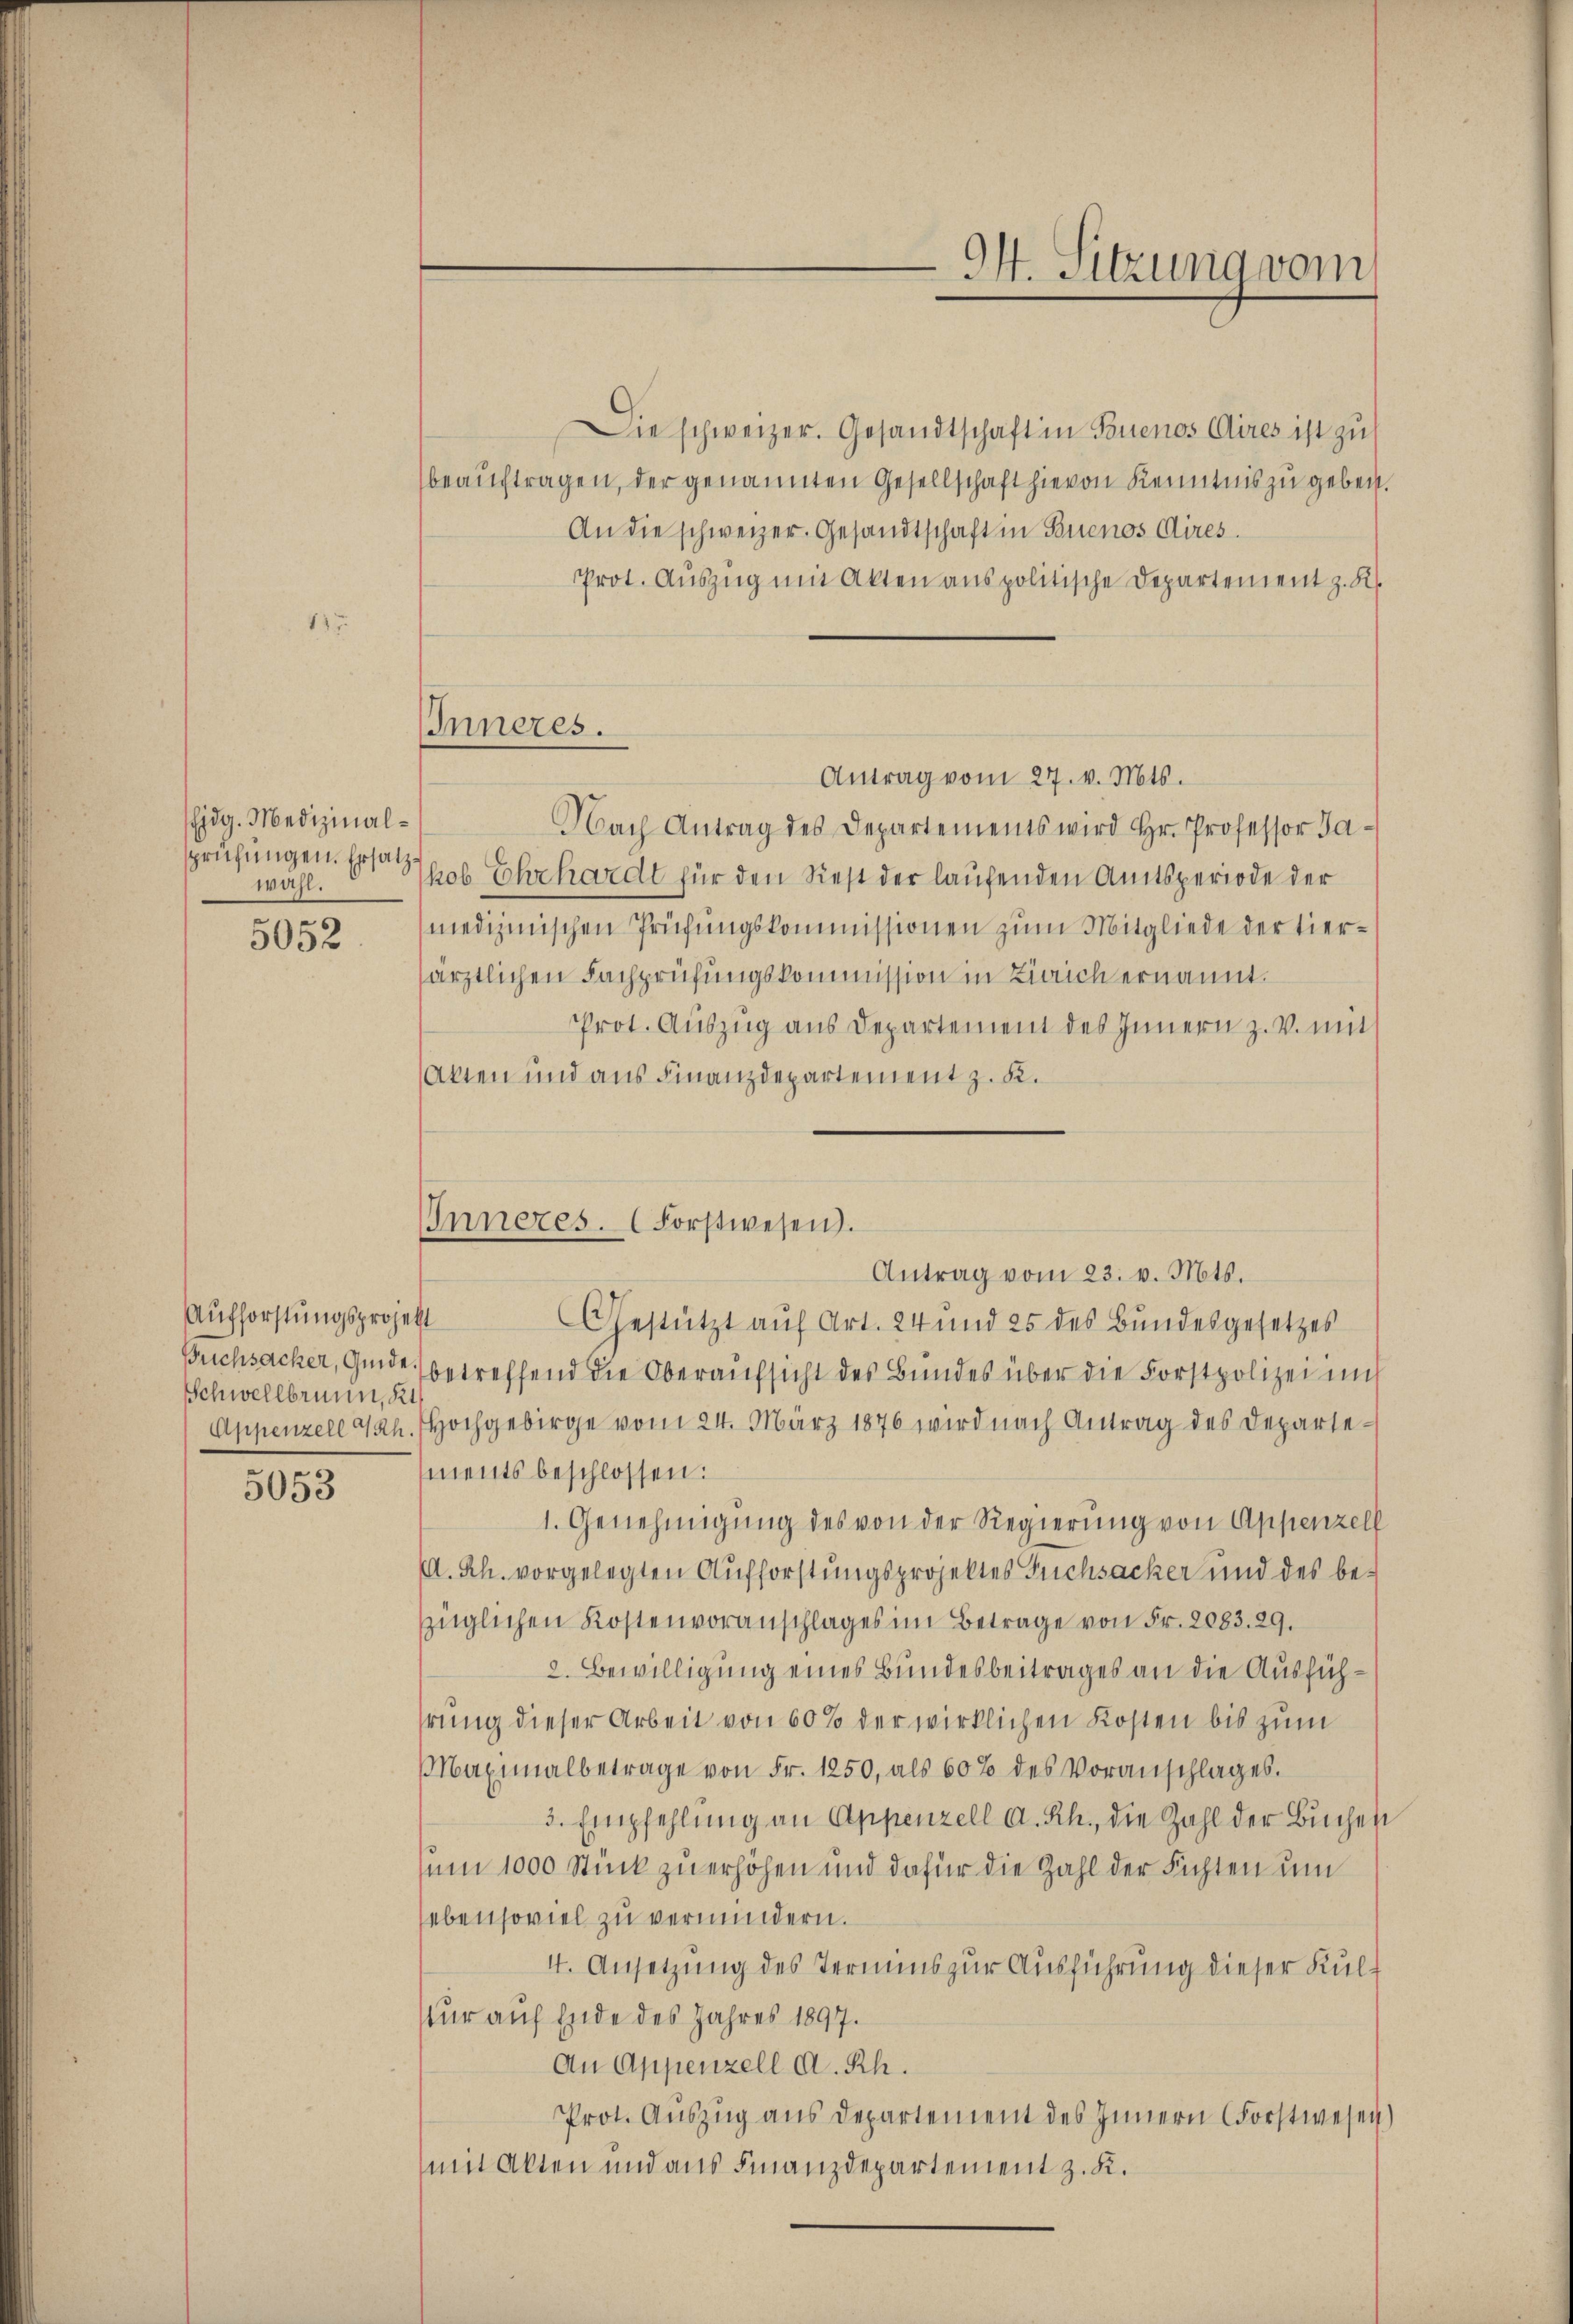
137.

Eidg. Medizinalsprüfungen. Ersatwahl.

5052

Aufforstungsprojekt
Schwellbrunn, Kt
Appenzell dah

5053

IInneres.

C
I. Sitzung vom

Inneres. (Forstwesen.
Antrag vom 23. v. Mts.

Die schweizer. Gesandtschaft in Buenos Aires ist zu
beauftragen, der genannten Gesellschaft hievon Kenntnis zu gebent.
An die schweizer. Gesandtschaft in Buenos Aires.
Prot. Aŭszŭg mit Alten anspolitische Departement z. K.
Antrag vom 27. v. Mts.
Nach Antrag des Departements wird Hr. Professor Ja-
Jkob Ehrhardt für den Rest der laufenden Amtsperiode der
medizinischen Prüfungskommissionen zum Mitgliede der tiersärztlichen Fachprüfungskommission in Zürich ernannt.
Prot. Aŭszŭg ans Departement des Innern z. v. mit
Akten und aus Finanzdepartement z. K.
Gestützt auf Art. 24 und 25 des Bundesgesetzes
Buchsacker, Guide betreffend die Oberaufsicht des Bundes über die Forstpolizei un
Hochgebirge vom 24. März 1876 wird nach Antrag des Departements beschlossen:
1. Genehmigung des von der Regierung von Appenzell
A. Rh. vorgelegten Aufforstungsprojektes Fuchsacker und des bezüglichen Kostenvoranschlages im Betrage von Fr. 2083. 29.
2. Bewilligung eines Bundesbeitrages an die Ausfühhrung dieser Arbeit von 60% der wirklichen Kosten bis zum
Maximalbetrage von Fr. 1250, als 60% des Voranschlages.
3. Empfehlung an Appenzell a. Rh., die Zahl der Buchen
sum 1000 Stück zu erhöhen und dafür die Zahl der Fichten um
ebensoviel zu vermindern.
4. Ansetzung des Termins zur Ausführung dieser Kultur auf Ende des Jahres 1897.
An Appenzell A. Rh.
Prot. Auszug aus Departement des Innern Forstwesen)
mit Akten und aus Finanzdepartement z. K.